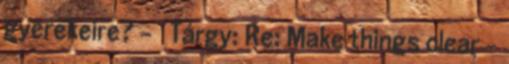
gyerekeire? - ₰ Tárgy: Re: Make things clear -